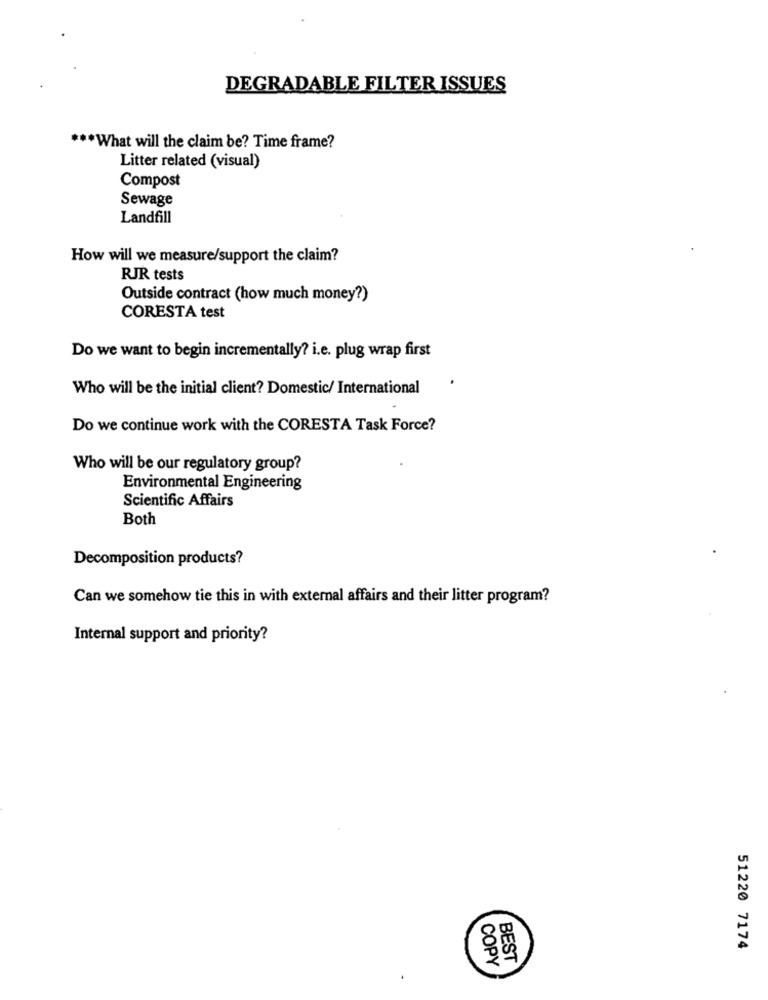
DEGRADABLE FILTER ISSUES
*What will the claim be? Time frame?
Litter related (visual)
Compost
Sewage
Landfill
How will we measure/support the claim?
RJR tests
Outside contract (how much money?)
CORESTA test
Do we want to begin incrementally? i.e. plug wrap first
Who will be the initial client? Domestic/ International
Do we continue work with the CORESTA Task Force?
Who will be our regulatory group?
Environmental Engineering
Scientific Affairs
Both
Decomposition products?
Can we somehow tie this in with external affairs and their litter program?
Internal support and priority?
51220 7174
COPY
BEST